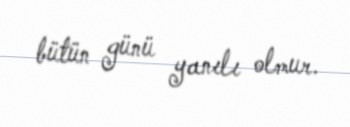
bütün günü yanılı olmur.